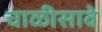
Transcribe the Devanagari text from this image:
चाळीसावे